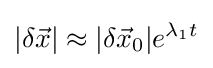
|\delta {\vec {x}}|\approx |\delta {\vec {x}}_{0}|e^{\lambda _{1}t}